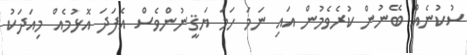
ސުކުނެއް ބޭނުން ކުރެވެމުން އައި ނަމަ ހަމަ ޔަޤީނުންވެސް އެފަދަ އޮޅުމެއް މިއަދަކު